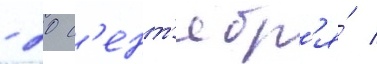
- 20 с'ент'ябр'я́ /